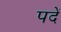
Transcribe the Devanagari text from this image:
पदें